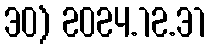
30) 2024.12.31